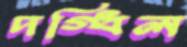
দগ্ধিল